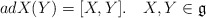
\begin{align*}ad X(Y) = [X,Y].~~~X,Y\in \mathfrak{g}\end{align*}